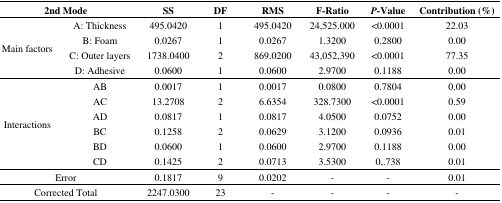
<table><thead><tr><td colspan="2"><b>2nd Mode</b></td><td><b>SS</b></td><td><b>DF</b></td><td><b>RMS</b></td><td><b>F-Ratio</b></td><td><b><i>P</i>-Value</b></td><td><b>Contribution (%)</b></td></tr></thead><tbody><tr><td rowspan="4">Main factors</td><td>A: Thickness</td><td>495.0420</td><td>1</td><td>495.0420</td><td>24,525.000</td><td>&lt;0.0001</td><td>22.03</td></tr><tr><td>B: Foam</td><td>0.0267</td><td>1</td><td>0.0267</td><td>1.3200</td><td>0.2800</td><td>0.00</td></tr><tr><td>C: Outer layers</td><td>1738.0400</td><td>2</td><td>869.0200</td><td>43,052,390</td><td>&lt;0.0001</td><td>77.35</td></tr><tr><td>D: Adhesive</td><td>0.0600</td><td>1</td><td>0.0600</td><td>2.9700</td><td>0.1188</td><td>0.00</td></tr><tr><td rowspan="6">Interactions</td><td>AB</td><td>0.0017</td><td>1</td><td>0.0017</td><td>0.0800</td><td>0.7804</td><td>0.00</td></tr><tr><td>AC</td><td>13.2708</td><td>2</td><td>6.6354</td><td>328.7300</td><td>&lt;0.0001</td><td>0.59</td></tr><tr><td>AD</td><td>0.0817</td><td>1</td><td>0.0817</td><td>4.0500</td><td>0.0752</td><td>0.00</td></tr><tr><td>BC</td><td>0.1258</td><td>2</td><td>0.0629</td><td>3.1200</td><td>0.0936</td><td>0.01</td></tr><tr><td>BD</td><td>0.0600</td><td>1</td><td>0.0600</td><td>2.9700</td><td>0.1188</td><td>0.00</td></tr><tr><td>CD</td><td>0.1425</td><td>2</td><td>0.0713</td><td>3.5300</td><td>0,.738</td><td>0.01</td></tr><tr><td colspan="2">Error</td><td>0.1817</td><td>9</td><td>0.0202</td><td>-</td><td>-</td><td>0.01</td></tr><tr><td colspan="2">Corrected Total</td><td>2247.0300</td><td>23</td><td>-</td><td>-</td><td>-</td><td>-</td></tr></tbody></table>